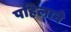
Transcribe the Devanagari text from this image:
पहिलाने